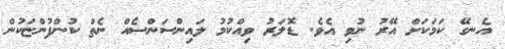
އެނގޭ ކަމަކަށް އޭރު ނުވި އެވެ. ޑޮލަރު ވިއްކުމު ލައިންސަންސެއް ނެތް ކުންފުންޏަކުން